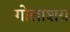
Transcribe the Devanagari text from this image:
गोलाशय